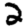
Digit: 2